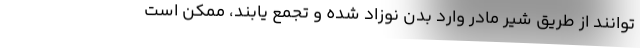
توانند از طریق شیر مادر وارد بدن نوزاد شده و تجمع یابند، ممکن است